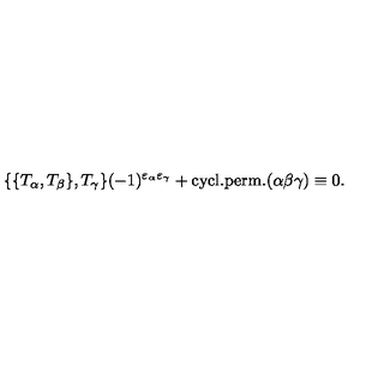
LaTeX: \{ \{ T _ { \alpha } , T _ { \beta } \} , T _ { \gamma } \} ( - 1 ) ^ { \varepsilon _ { \alpha } \varepsilon _ { \gamma } } + \mathrm { c y c l . p e r m . } ( \alpha \beta \gamma ) \equiv 0 .